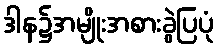
ဒါန၌အမျိုးအစားခွဲပြပုံ